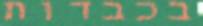
בכבדות